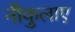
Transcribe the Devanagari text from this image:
नीकुलाए